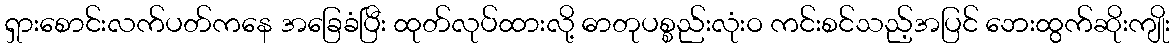
ရှားစောင်းလက်ပတ်ကနေ အခြေခံပြီး ထုတ်လုပ်ထားလို့ ဓာတုပစ္စည်းလုံးဝ ကင်းစင်သည့်အပြင် ဘေးထွက်ဆိုးကျိုး